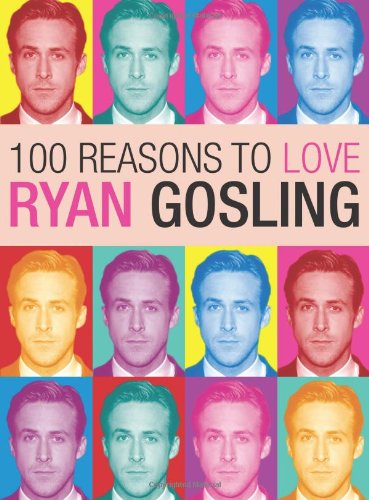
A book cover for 100 Reasons to Love Ryan Gosling; Joanna Benecke; Children's Books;